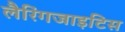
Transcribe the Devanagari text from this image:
लैरिंगजाइटिस